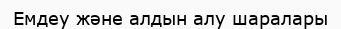
Емдеу және алдын алу шаралары